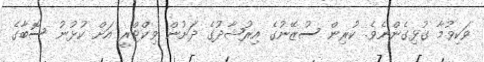
ވަކިވުމާ ގުޅިގެންނެވެ. ކުރިން ސުޒޭނުގެ އިރުޝާދުގެ ދަށުން ވިކްޓްރީ އަށް ކުޅުނު ސޮބާގެ